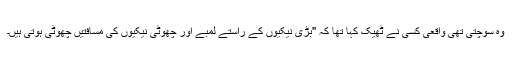
وہ سوچتی تھی واقعی کسی نے ٹھیک کہا تھا کہ "بڑی نیکیوں کے راستے لمبے اور چھوٹی نیکیوں کی مسافتیں چھوٹی ہوتی ہیں۔